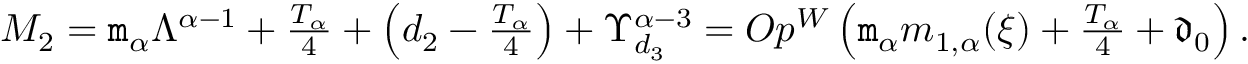
\begin{array} { r } { M _ { 2 } = \mathtt { m } _ { \alpha } \Lambda ^ { \alpha - 1 } + \frac { T _ { \alpha } } { 4 } + \left( d _ { 2 } - \frac { T _ { \alpha } } { 4 } \right) + \Upsilon _ { d _ { 3 } } ^ { \alpha - 3 } = O p ^ { W } \left( \mathtt { m } _ { \alpha } m _ { 1 , \alpha } ( \xi ) + \frac { T _ { \alpha } } 4 + \mathfrak { d } _ { 0 } \right) . } \end{array}